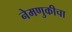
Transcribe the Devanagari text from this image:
नेमणुकीचा